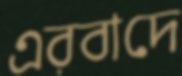
এরবাদে